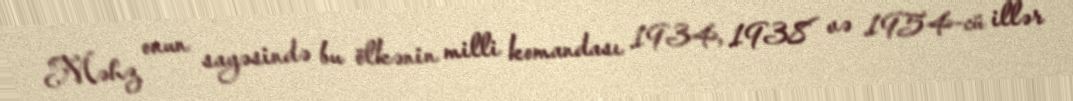
Məhz onun sayəsində bu ölkənin milli komandası 1934, 1938 və 1954-cü illər